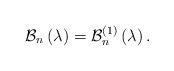
LaTeX: \begin{align*}\mathcal{B}_{n}\left( \lambda \right) =\mathcal{B}_{n}^{\left( 1\right)}\left( \lambda \right) . \end{align*}